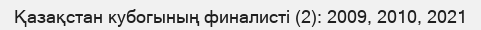
Қазақстан кубогының финалисті (2): 2009, 2010, 2021